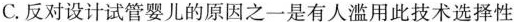
C.反对设计试管婴儿的原因之一是有人滥用此技术选择性